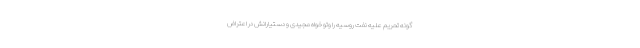
گونه تحریم علیه نفت روسیه را وتو خواه مجیدی و دستیارانش در اعتراض